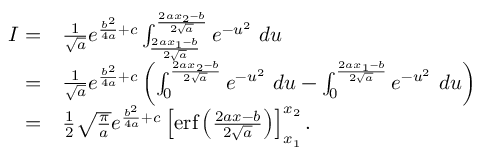
\begin{array} { r l } { I = } & { \frac { 1 } { \sqrt { a } } e ^ { \frac { b ^ { 2 } } { 4 a } + c } \int _ { \frac { 2 a x _ { 1 } - b } { 2 \sqrt { a } } } ^ { \frac { 2 a x _ { 2 } - b } { 2 \sqrt { a } } } e ^ { - u ^ { 2 } } \ d u } \\ { = } & { \frac { 1 } { \sqrt { a } } e ^ { \frac { b ^ { 2 } } { 4 a } + c } \left( \int _ { 0 } ^ { \frac { 2 a x _ { 2 } - b } { 2 \sqrt { a } } } e ^ { - u ^ { 2 } } \ d u - \int _ { 0 } ^ { \frac { 2 a x _ { 1 } - b } { 2 \sqrt { a } } } e ^ { - u ^ { 2 } } \ d u \right) } \\ { = } & { \frac { 1 } { 2 } \sqrt { \frac { \pi } { a } } e ^ { \frac { b ^ { 2 } } { 4 a } + c } \left[ \mathrm { e r f } \left( { \frac { 2 a x - b } { 2 \sqrt { a } } } \right) \right] _ { x _ { 1 } } ^ { x _ { 2 } } . } \end{array}